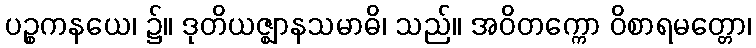
ပဉ္စကနယေ၊ ၌။ ဒုတိယဇ္ဈာနသမာဓိ၊ သည်။ အဝိတက္ကော ဝိစာရမတ္တော၊